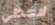
لاحظي